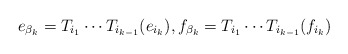
\begin{align*}e_{\beta_k}=T_{i_1}\cdots T_{i_{k-1}}(e_{i_k}),f_{\beta_k}=T_{i_1}\cdots T_{i_{k-1}}(f_{i_k})\end{align*}